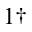
^ { 1 \dagger }